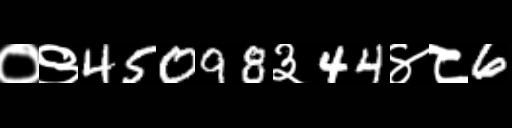
Text: ०९45098३44४८6